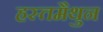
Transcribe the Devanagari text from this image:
हस्‍तमैथुन